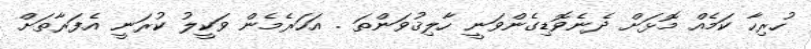
ހުރިހާ ކަމެއް މޮޅަށް ދެނެވޮޑިގެންވަނީ ހާލިޤުވަންތަ . އަހަރެމެން ވަކީލު ކުރަނީ އެފަރާތަށް